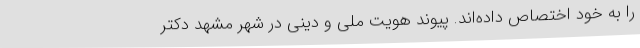
را به خود اختصاص داده‌اند. پیوند هویت ملی و دینی در شهر مشهد دکتر